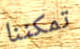
تمكننا